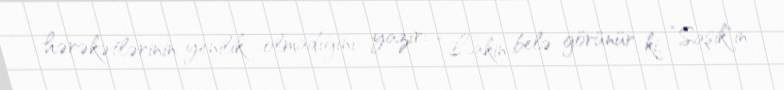
hərəkətlərinin yenilik olmadığını yazır: “Lakin belə görünür ki, ”Saşik"in